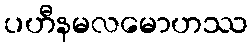
ပဟီနမလမောဟဿ